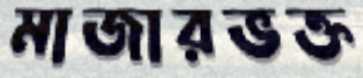
মাজারভক্ত